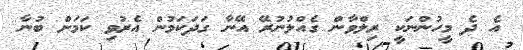
އެ ދެ މީހުންނަކީ ރިލްވާން ގެއްލުނުރޭ އޭނާ ގަދަކަމުން އެރުވި ކަމަށް ބުނާ